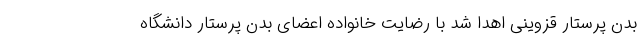
بدن پرستار قزوینی اهدا شد با رضایت خانواده اعضای بدن پرستار دانشگاه